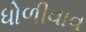
ધોળીવાવ